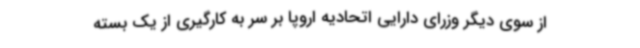
از سوی دیگر وزرای دارایی اتحادیه اروپا بر سر به کارگیری از یک بسته